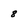
Character: 8